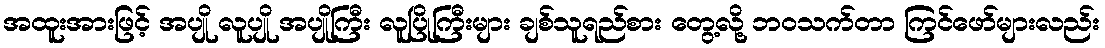
အထူးအားဖြင့် အပျို လူပျို အပျိုကြီး လူပြိုကြီးများ ချစ်သူရည်စား တွေ့လို့ ဘဝသက်တာ ကြင်ဖော်များလည်း